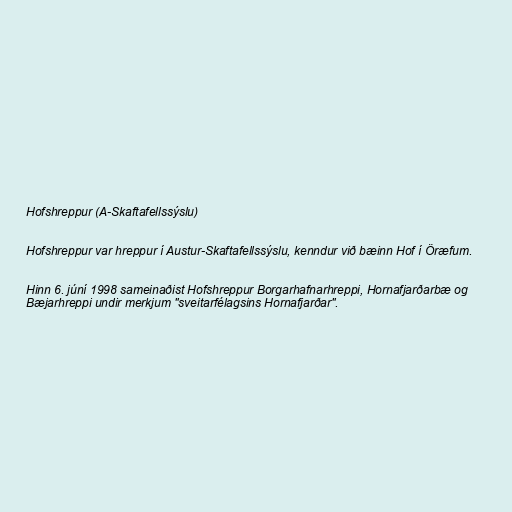
Hofshreppur (A-Skaftafellssýslu)

Hofshreppur var hreppur í Austur-Skaftafellssýslu, kenndur við bæinn Hof í Öræfum.

Hinn 6. júní 1998 sameinaðist Hofshreppur Borgarhafnarhreppi, Hornafjarðarbæ og
Bæjarhreppi undir merkjum "sveitarfélagsins Hornafjarðar".